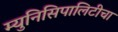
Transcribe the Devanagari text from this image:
म्युनिसिपालिटीचा